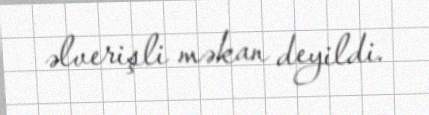
əlverişli məkan deyildi.